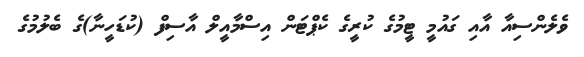
ވެލެންސިއާ އާއި ގައުމީ ޓީމުގެ ކުރީގެ ކެޕްޓަން އިސްމާއީލް އާސިފް (ކުޑަހީނާ)ގެ ބެލުމުގެ